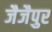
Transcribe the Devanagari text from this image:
जैजैपुर